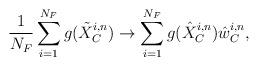
LaTeX: \begin{align*}\frac{1}{N_F}\sum^{N_F}_{i=1}g(\tilde{X}_{C}^{i,n}) \to \sum^{N_F}_{i=1}g(\hat{X}_{C}^{i,n})\hat{w}_{C}^{i,n} ,\end{align*}